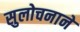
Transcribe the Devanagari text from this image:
सुलोचनाने